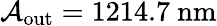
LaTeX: \mathcal{A}_{\mathrm{{out}}}=1214.7\ \mathrm{{nm}}